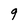
Character: 9